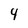
Character: 4